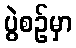
ပွဲစဉ်မှာ